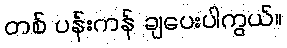
တစ် ပန်းကန် ချပေးပါကွယ်။